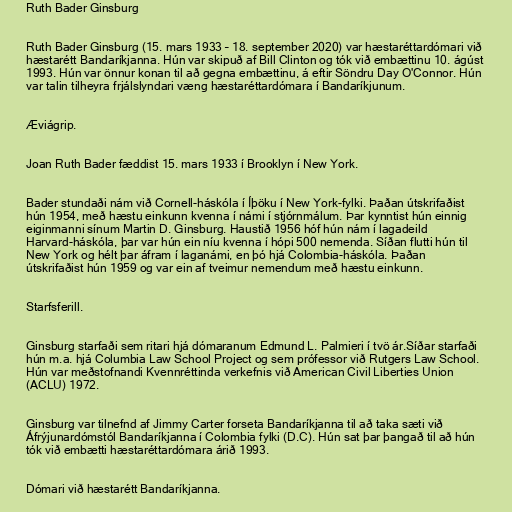
Ruth Bader Ginsburg

Ruth Bader Ginsburg (15. mars 1933 – 18. september 2020) var hæstaréttardómari við
hæstarétt Bandaríkjanna. Hún var skipuð af Bill Clinton og tók við embættinu 10. ágúst
1993. Hún var önnur konan til að gegna embættinu, á eftir Söndru Day O'Connor. Hún
var talin tilheyra frjálslyndari væng hæstaréttardómara í Bandaríkjunum.

Æviágrip.

Joan Ruth Bader fæddist 15. mars 1933 í Brooklyn í New York.

Bader stundaði nám við Cornell-háskóla í Íþöku í New York-fylki. Þaðan útskrifaðist
hún 1954, með hæstu einkunn kvenna í námi í stjórnmálum. Þar kynntist hún einnig
eiginmanni sínum Martin D. Ginsburg. Haustið 1956 hóf hún nám í lagadeild
Harvard-háskóla, þar var hún ein níu kvenna í hópi 500 nemenda. Síðan flutti hún til
New York og hélt þar áfram í laganámi, en þó hjá Colombia-háskóla. Þaðan
útskrifaðist hún 1959 og var ein af tveimur nemendum með hæstu einkunn.

Starfsferill.

Ginsburg starfaði sem ritari hjá dómaranum Edmund L. Palmieri í tvö ár.Síðar starfaði
hún m.a. hjá Columbia Law School Project og sem prófessor við Rutgers Law School.
Hún var meðstofnandi Kvennréttinda verkefnis við American Civil Liberties Union
(ACLU) 1972.

Ginsburg var tilnefnd af Jimmy Carter forseta Bandaríkjanna til að taka sæti við
Áfrýjunardómstól Bandaríkjanna í Colombia fylki (D.C). Hún sat þar þangað til að hún
tók við embætti hæstaréttardómara árið 1993.

Dómari við hæstarétt Bandaríkjanna.